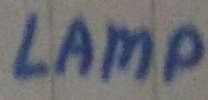
Text: LAMP